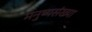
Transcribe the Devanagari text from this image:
मनुष्यसंख्या